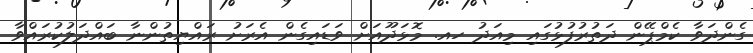
ގެންދަވާ ކެމްޕޭން ދަތުރުފުޅުގައި މިއަދު ހއ. މޮޅަދޫއަށް ވަޑައިގެން އެރަށު ރައްޔިތުންނާ ބައްދަލުކުރައްވާ